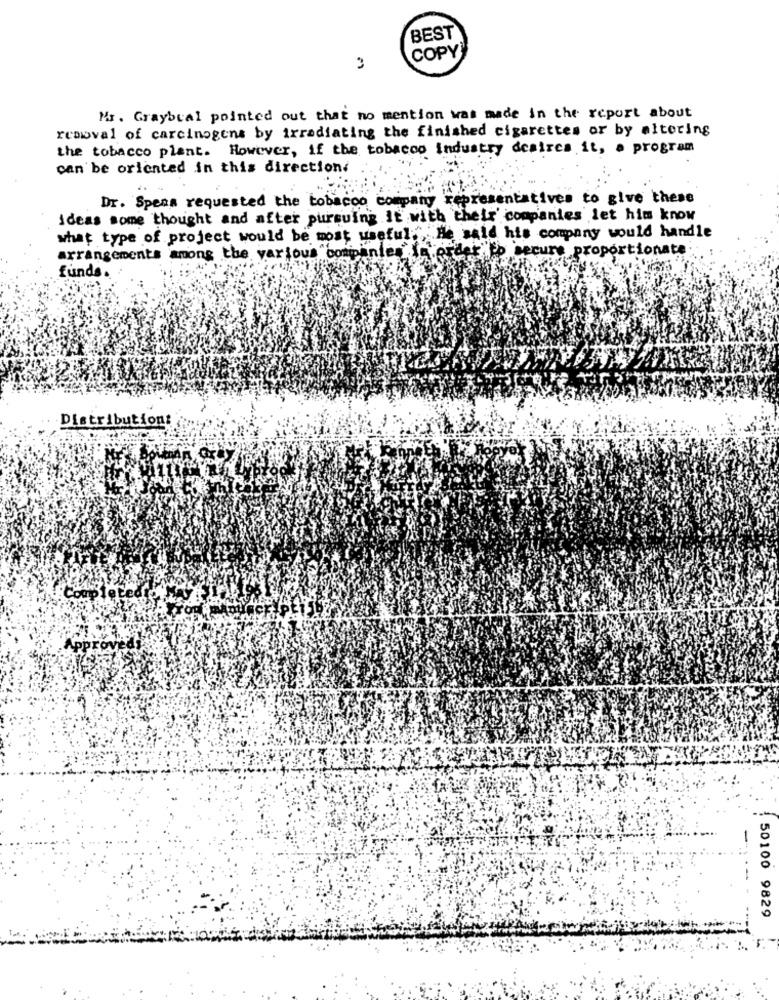
BEST
COPY
3
Mr. Graybual pointed out that no mention was made in the report about
removal of carcinogens by irradiating the finished cigarettes or by altering
the tobacco plant. However, if the tobacco industry desires it, a program
can be oriented in this direction.
Dr. Speas requested the tobacco company representatives to give these
ideas some thought and after pursuing It with their companies let him know
what type of project would be most useful." He said his company would handle
arrangements among the various "companies in order to secure proportionate
funds.
Distribution:
Coup le tedto
-
50100 9829